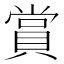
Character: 賞